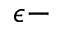
\epsilon -